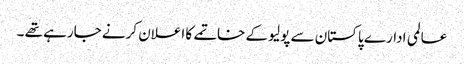
عالمی ادارے پاکستان سے پولیو کے خاتمے کا اعلان کرنے جارہے تھے ۔